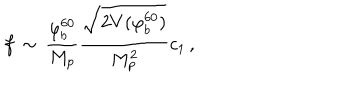
f \, \sim \, { \frac { \varphi _ { b } ^ { 6 0 } } { M _ { p } } } { \frac { \sqrt { 2 V ( \varphi _ { b } ^ { 6 0 } ) } } { M _ { p } ^ { 2 } } } c _ { 1 } \, ,